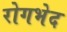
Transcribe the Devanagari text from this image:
रोगभेद